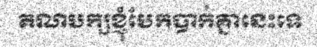
គណបក្សខ្ញុំបែកបាក់គ្នានេះទេ